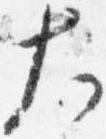
大